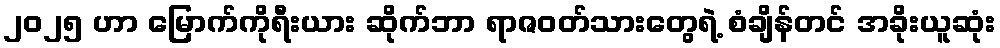
၂၀၂၅ ဟာ မြောက်ကိုရီးယား ဆိုက်ဘာ ရာဇဝတ်သားတွေရဲ့ စံချိန်တင် အခိုးယူဆုံး